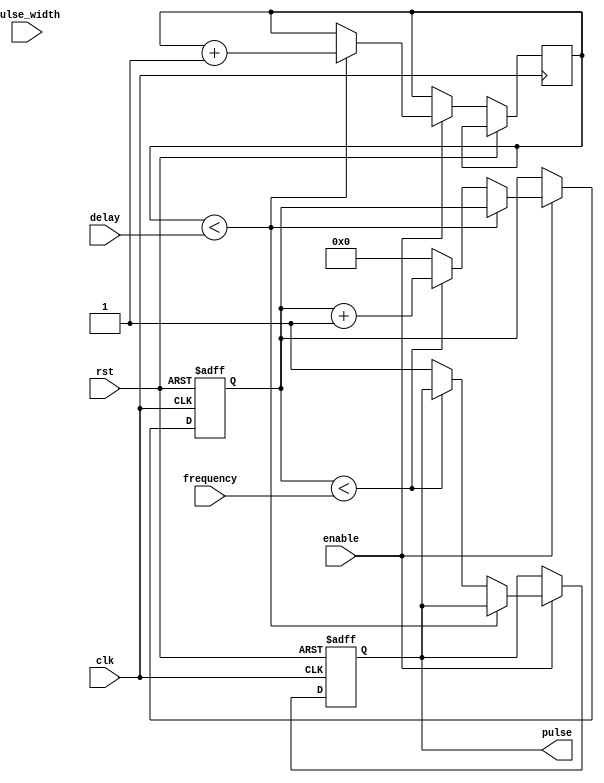
module Programmable_Pulse_Generator(
  input wire clk,
  input wire rst,
  input wire enable,
  input wire [7:0] pulse_width,
  input wire [15:0] frequency,
  input wire [15:0] delay,
  output reg pulse
);
  
  reg [15:0] counter;
  reg [15:0] delay_count;
  
  always @ (posedge clk or posedge rst) begin
    if (rst) begin
      counter <= 16'b0;
      pulse <= 1'b0;
    end else if (enable) begin
      if (delay_count < delay) begin
        delay_count <= delay_count + 1;
      end else if (counter < frequency) begin
        counter <= counter + 1;
      end else begin
        counter <= 16'b0;
        pulse <= 1'b1;
      end
    end
  end
  
endmodule